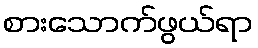
စားသောက်ဖွယ်ရာ